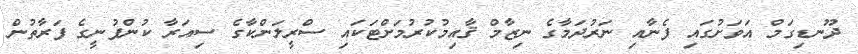
ދޫނޑިގަމް އަވަށުގައި ފެނާއި ނަރުދަމާގެ ނިޒާމް ޤާއިމުކުރުމަށްޓަކައި ސްރީލަންކާގެ ސިއަރާ ކުންފުނީގެ ފަރާތުން